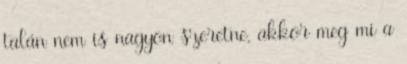
talán nem is nagyon szeretne, akkor meg mi a